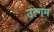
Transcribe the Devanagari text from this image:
उत्गम